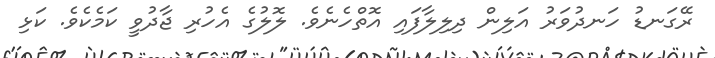
ރޭގަނޑު ހަނދުވަރު އަލިން ދިލިލާފައި އޮތްހެނެވެ. ލޮލުގެ އެހުރި ޖާދުވީ ކަމެކެވެ. ކަޅި